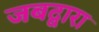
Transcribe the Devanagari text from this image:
जबद्वारा